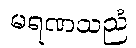
မရဏသညံ